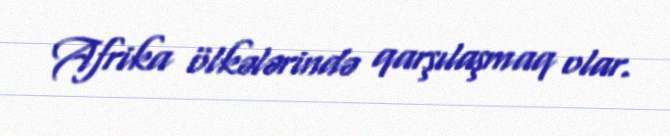
Afrika ölkələrində qarşılaşmaq olar.